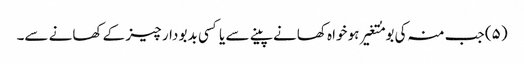
(۵) جب منہ کی بو مُتغیر ہو خواہ کھانے پینے سے یا کسی بدبو دار چیز کے کھانے سے۔